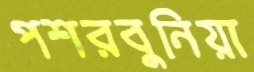
পশরবুনিয়া